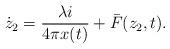
LaTeX: \begin{align*}\dot{z}_2=\frac{\lambda i}{4\pi x(t)}+\bar{F}(z_2,t).\end{align*}